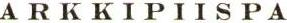
ARKKIPIISPA